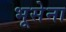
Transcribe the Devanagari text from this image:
भूसेना